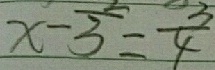
x - \frac { 2 } { 3 } = \frac { 3 } { 4 }